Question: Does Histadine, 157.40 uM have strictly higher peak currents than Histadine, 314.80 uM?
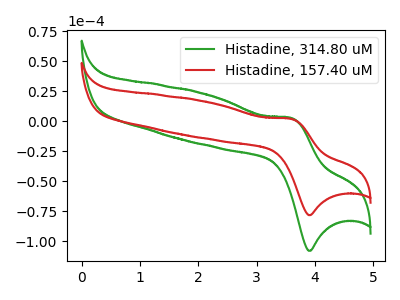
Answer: <think>The green curve "Histadine, 314.80 uM" has an anodic peak at (3.60V, 2.70uA) and a cathodic peak at (3.90V, -108.00uA). The red curve "Histadine, 157.40 uM" has an anodic peak at (3.60V, 1.95uA) and a cathodic peak at (3.90V, -78.25uA).</think>
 <answer>Every peak in "Histadine, 157.40 uM" is lower than every peak in "Histadine, 314.80 uM".</answer>
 <eval>lower</eval>